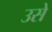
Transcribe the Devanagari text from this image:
उसेेेे